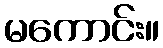
မကောင်း။